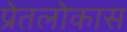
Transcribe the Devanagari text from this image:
प्रेतलोकास